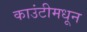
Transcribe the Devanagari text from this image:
काउंटीमधून